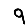
Digit: 9